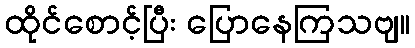
ထိုင်စောင့်ပြီး ပြောနေကြသဗျ။